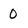
Character: 0